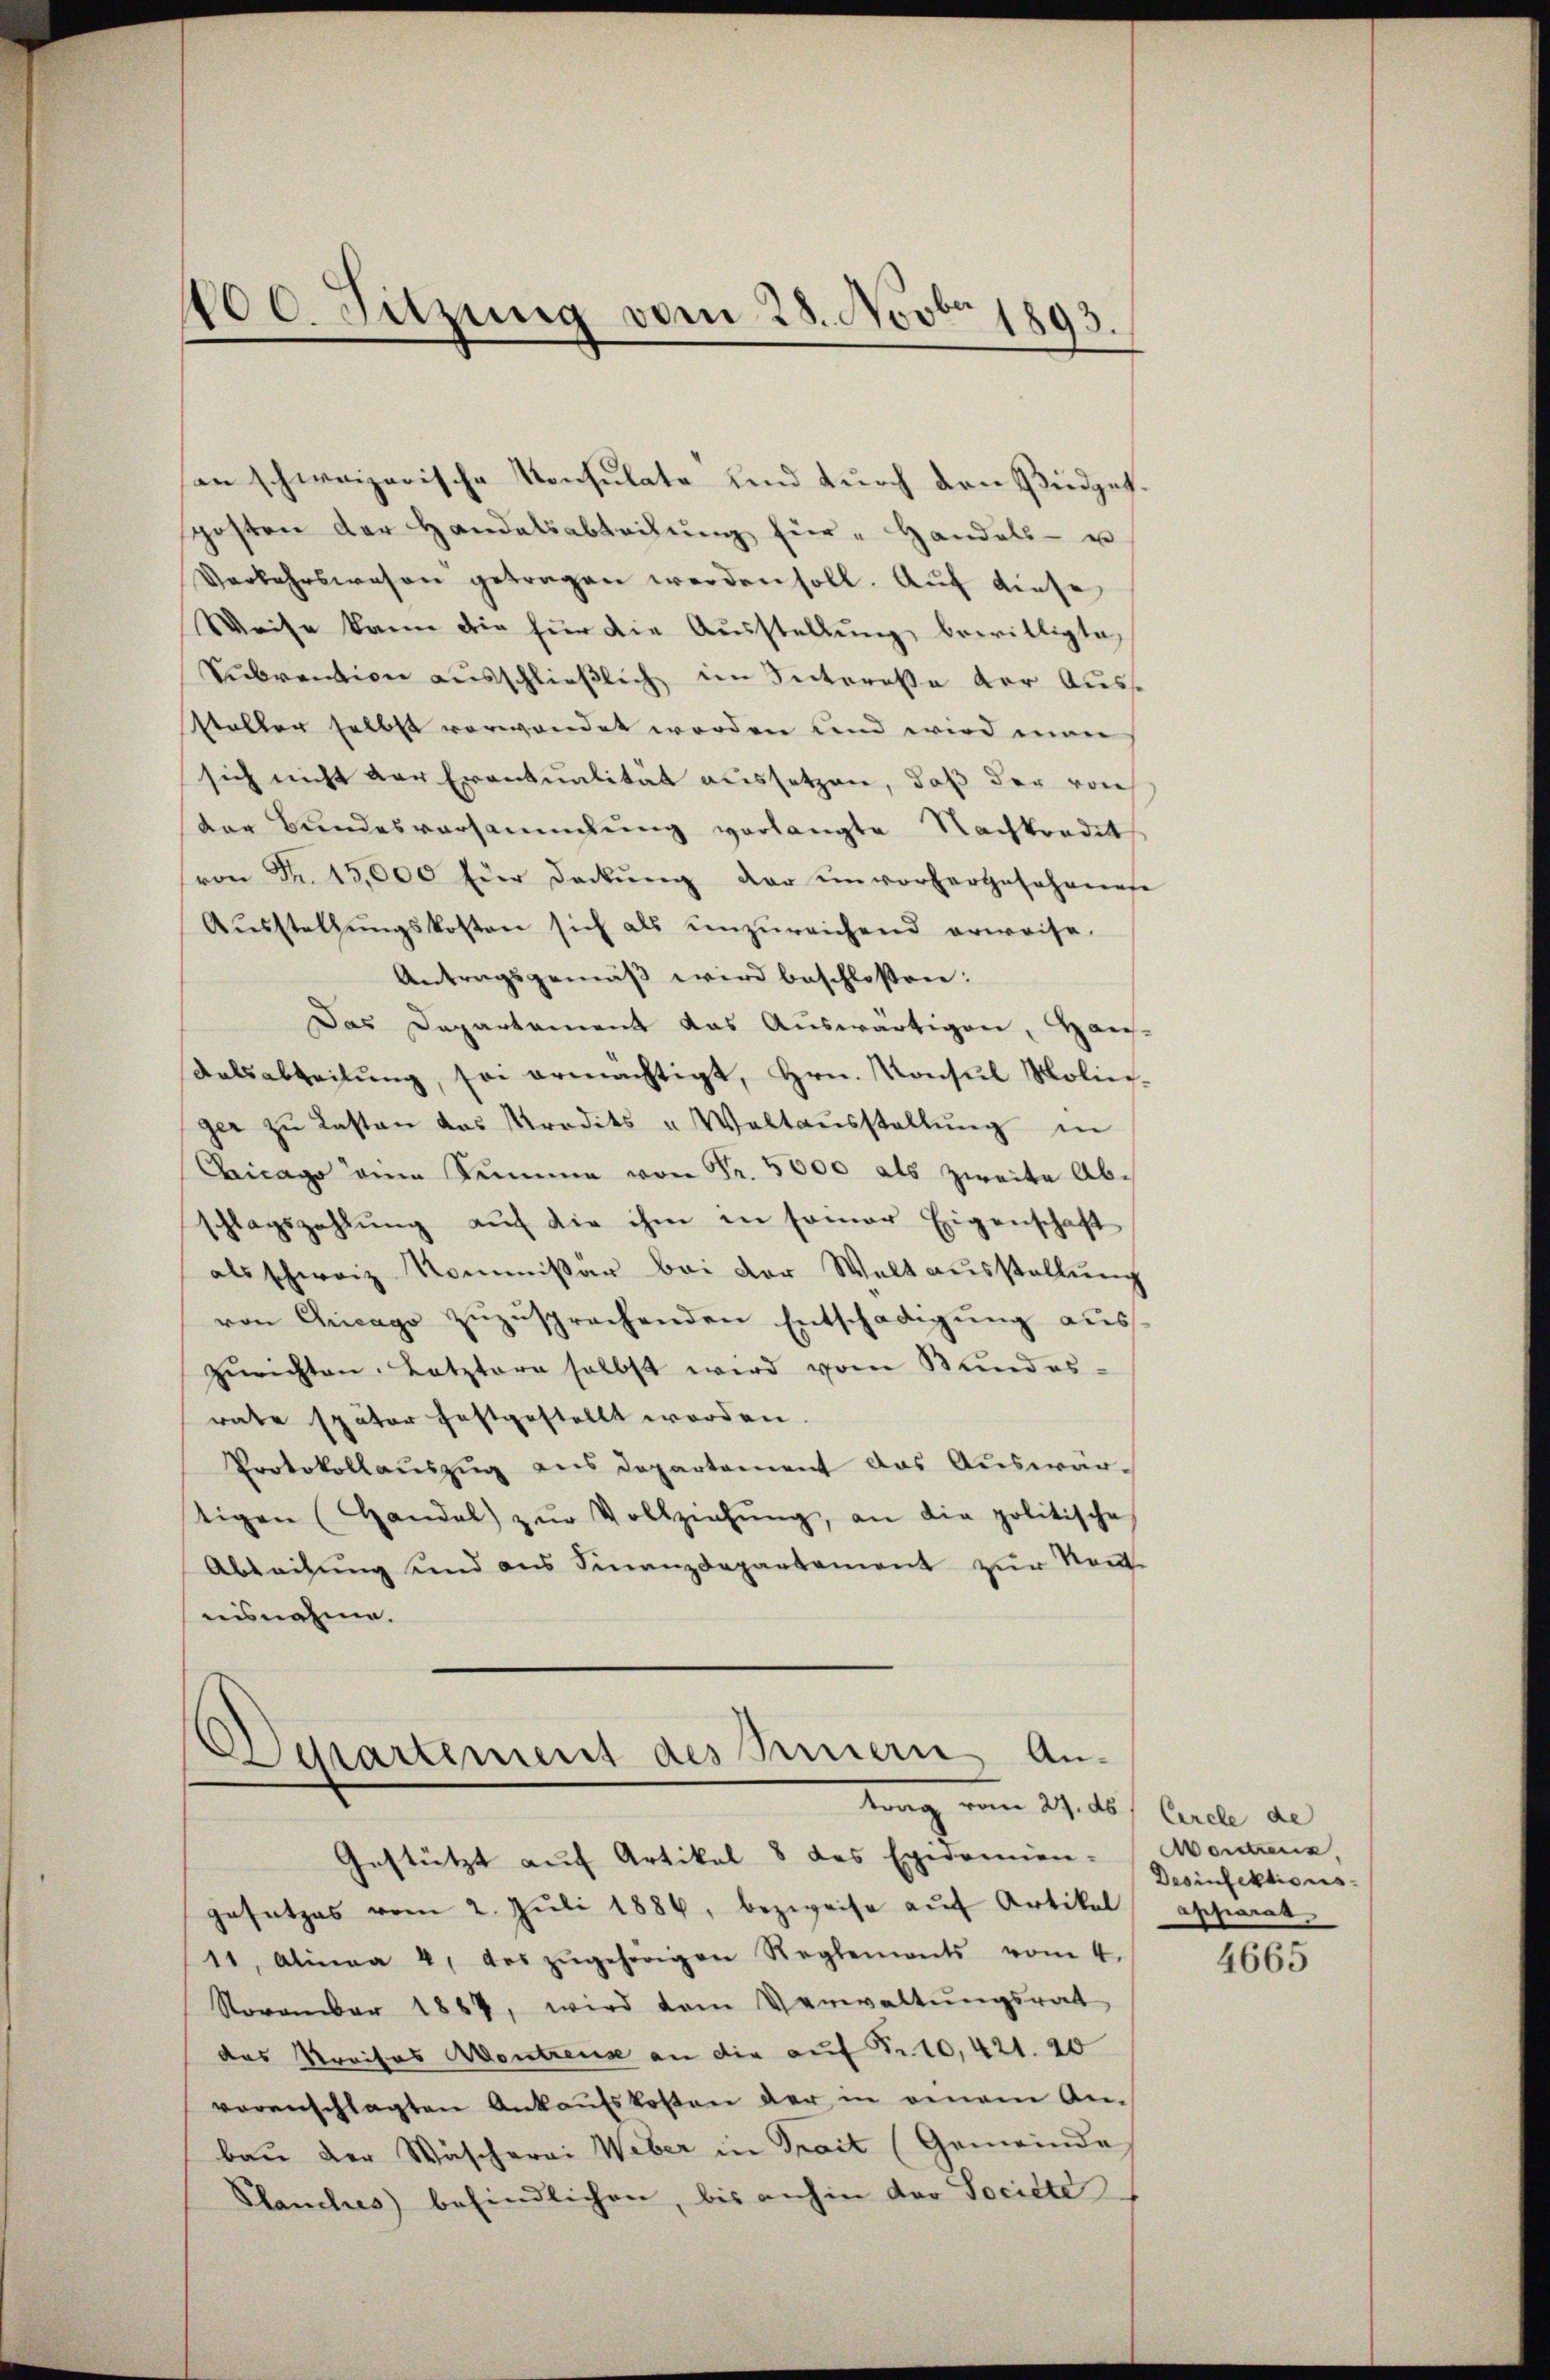
100. Sitzung vom 28. Novbr 1893.

son schweizerische Konsulate und durch den Büdgetposten der Handelsabteilŭng für Handels- u
Verkehrswesen getragen werden soll. Aŭf diese
Weise kann die für die Aŭsstellŭng bewilligte,
Sŭbvention aŭsschlieβlich im Interesse der Aus-
staller selbst verwendet worden und wird man
sich nicht der Eventualität aussetzen, daß der von
der Bundesversammlung verlangte Nachkredits
von Fr. 15,000 Eder deckŭng der unvorhergosohanese
Aŭsstellŭngskosten sich als unzureichend erweise
Antragsgemäß wird beschlossen:
Das Departament das Auswärtigen, Haus-
Kalsabteilŭng, sei ermächtigt, Hrn. Konsul Molier-
ger zŭ lasten das Prodits u Waltaŭsstellŭng in
Bicago eine Summe von Fr. 5000 als zweite Abschlagszahlŭng auf die ihm in seiner Eigenschaft
als schweiz. Kommissar bei der Weltausstellung
von Chicago zuzusprechenden Entschädigung auss
zurichten. Letztere selbst wird vom Bundes-
rate später festgestellt worden
Protokollauszug aus Departement das Auswärtigen (Handel zŭr Vollziehŭng, an die politische
Abteilŭng und aus Finanzdepartement zŭr Keṅt-
nisnahme.

Departement des Innern An-
tung vom 29. d.
Gestützt auf Artikel 8 des Epidemien-

gesetzes vom 2. Jŭli 1886, bezweife aŭf Artikel
11, Alinea 4 des zŭgehörigen Reglements vom 4.
November 1887, wird dem Verwaltŭngsrat
das Kreises Montreuse an die auf Fr. 10, 421. 20
voranschlagten Ankaufskosten der in einem Anbau der Wäscherei Weber in Trait (Gemeinde
Planches) befindlichen, bis anhin der Societe

Circle de
Wortens,
Desinfektions
apparat

4665